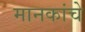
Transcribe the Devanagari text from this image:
मानकांचे